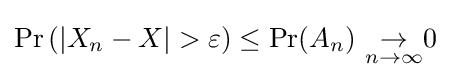
\operatorname {Pr} \left(|X_{n}-X|>\varepsilon \right)\leq \operatorname {Pr} (A_{n})\ {\underset {n\to \infty }{\rightarrow }}0